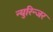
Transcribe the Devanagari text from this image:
न्युरिन्जर